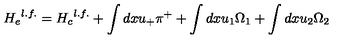
{ H _ { e } } ^ { l . f . } = { H _ { c } } ^ { l . f . } + \int d x u _ { + } \pi ^ { + } + \int d x u _ { 1 } \Omega _ { 1 } + \int d x u _ { 2 } \Omega _ { 2 }